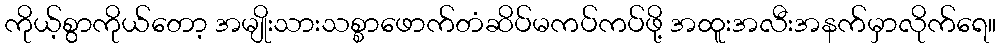
ကိုယ့်စွာကိုယ်တော့ အမျိုးသားသစ္စာဖောက်တံဆိပ်မကပ်ကပ်ဖို့ အထူးအလီးအနက်မှာလိုက်ရေ။